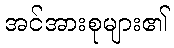
အင်အားစုများ၏